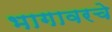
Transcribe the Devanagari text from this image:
भागावरचे